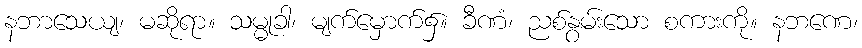
နဘာသေယျ၊ မဆိုရာ။ သမ္မုခါ၊ မျက်မှောက်၌။ ခီဏံ၊ ညစ်နွမ်းသော စကားကို။ နဘဏေ၊